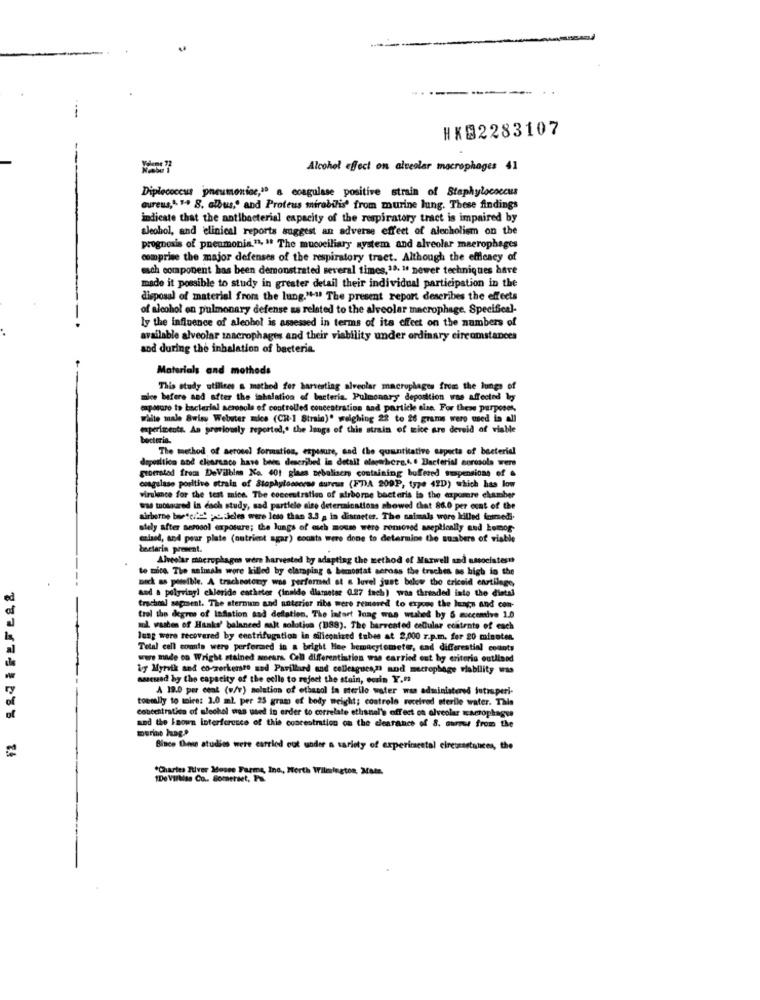
HK92283107
Alcohol effect on alveolar macrophages 41
Diplecoccus pneumoniae,1ª a coagulase positive strain of Staphylococcus
aureus," " 8. albus,' and Proteus mirabilis' from murine lung. These findings
indicate that the antibacterial capacity of the respiratory tract is impaired by
sJeohol, and clinical reports suggest an adverse effect of alecholism on the
prognosis of pneumonia.", " The mucoeiliary system and alveolar macrophages
comprise the major defenses of the respiratory tract. Although the efficacy of
each component has been demonstrated several times,1ª. " newer techniques have
made it possible to study in greater detail their individual participation in the
disposal of material from the lung."" !! The present report describes the effects
of alcohol on pulmonary defense as related to the alveolar macrophage. Specifical-
ly the influence of alcohol is assessed in terms of its effect on the numbers of
available alveolar macrophages and their viability under ordinary circumstances
sod during the inhalation of bacteria.
Materials and methods
This study utilices a method for harvesting alveolar macrophages from the lungs of
mice before and after the inhalation of bacteria. Pulmonary deposition was affected by
capasuro to bacterial aerosols of controlled concentration and particle eine. For these purposes,
white male Swiss Webuter mice (CH-1 Strain)" weighing 22 to 26 grams were used in all
experiments. As previously reported," the lungs of this strain of mice are devoid of viable
bacteria.
The method of aerosol formation, exposure, sad the quantitative aspects of bacterial
dipuiltico aod clearance have been described in detail elsewhere.4. º Bacterial corcsola were
groersted from DeVilbles No. 401 glass zebaliser containing buffered suspensions of &
coagulase positive strain of Staphylocseres aureus (FT)A 209P, type 42D) which has low
virulence for the test mich. The cocceutrativo of airborne bacteris la the capomere chamber
was tuosoured in each study, sad particle sise determinations showed that 86.0 per cent of the
airborne boetcifs! pc. Jeles were less than 3.3 a in dismeter. The saimals wore killed fenmed.
stely after aerosol exposure; the lungs of much mouse were removed aseptically and Lemog-
czlaod, and pear plate (nutrient agar) counts were done to determine the sunbers of viable
bacteria present.
Alveslar microphago were harvested by adapting the method of Marwell and associatesn
to mica The animals were killed by clamping & becontat seross the traches as high in the
nick as possible. A trachsatory was performed at & luvel just below the triceid cartilage
and a polyvinyl chloride catheter (inaldo diameter 0.27 fach) was threaded into the distal
tracheal sagment. The stermin and anterior ribs were removed to expose the lungs and con-
trol the degree of inflation and deflation. The infart Inag was wuhed by 6 mcccentive 1.0
al waston of Hanks' balanced salt solotion (188). The harvested cellular contents of each
lung were recovered by enstrifugation in siliconized tubes at 2,000 r.p.m. for 20 minuten.
Total cell conts were performed in a bright Hee bemacytometer, cad differential counts
were made on Wright stained sears. Cell differentiation was carried out by criteria outlined
igy Myreik and co-workersto sad Pavillard and colleagues,n and macrophage viability was
sascsend by the capacity of the celle to reject the stein, eosin Y.m
A 19.0 per cent (v/v) solution of ethanol ta sterilo water was administered jutrsperi-
toerally to maire: 2.0 ml. per 25 gram of body weight; controlo received sterile water. This
concentration of slechel was used in order to correlate ethanal's effect on alveolar macrophages
and the known interference of this concentration on the clearance of 8. curour from the
murine haag .*
=
Bince Dee studios were carried out under a variety of experimental circussstances, the
"Charles River Mouse Farms, Inc ., North Wilmington, Mats.
"De VilMiss Co .. Somerset, P